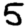
Digit: 5